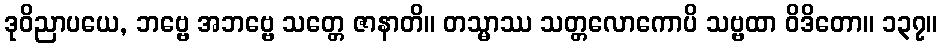
ဒုဝိညာပယေ, ဘဗ္ဗေ အဘဗ္ဗေ သတ္တေ ဇာနာတိ။ တသ္မာဿ သတ္တလောကောပိ သဗ္ဗထာ ဝိဒိတော။ ၁၃၇။